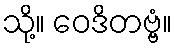
သို့။ ဝေဒိတဗ္ဗံ။